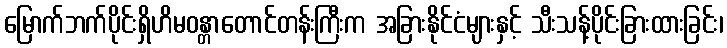
မြောက်ဘက်ပိုင်းရှိဟိမဝန္တာတောင်တန်းကြီးက အခြားနိုင်ငံများနှင့် သီးသန့်ပိုင်းခြားထားခြင်း၊